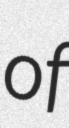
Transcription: of